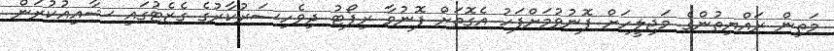
މަތިން ރައްޔިތުންގެ މަޖިލީހަށް ފޮނުވުމަށްފަހު އެގޮތަށް ފޮނުވާ ރިޕޯޓު ދިވެހިސަރުކާރުގެ ގެޒެޓުގައި ޝާއިއުކުރަން